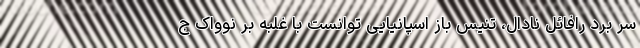
سر برد رافائل نادال، تنیس باز اسپانیایی توانست با غلبه بر نوواک ج